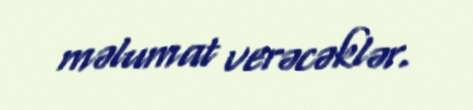
məlumat verəcəklər.